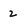
Character: 2